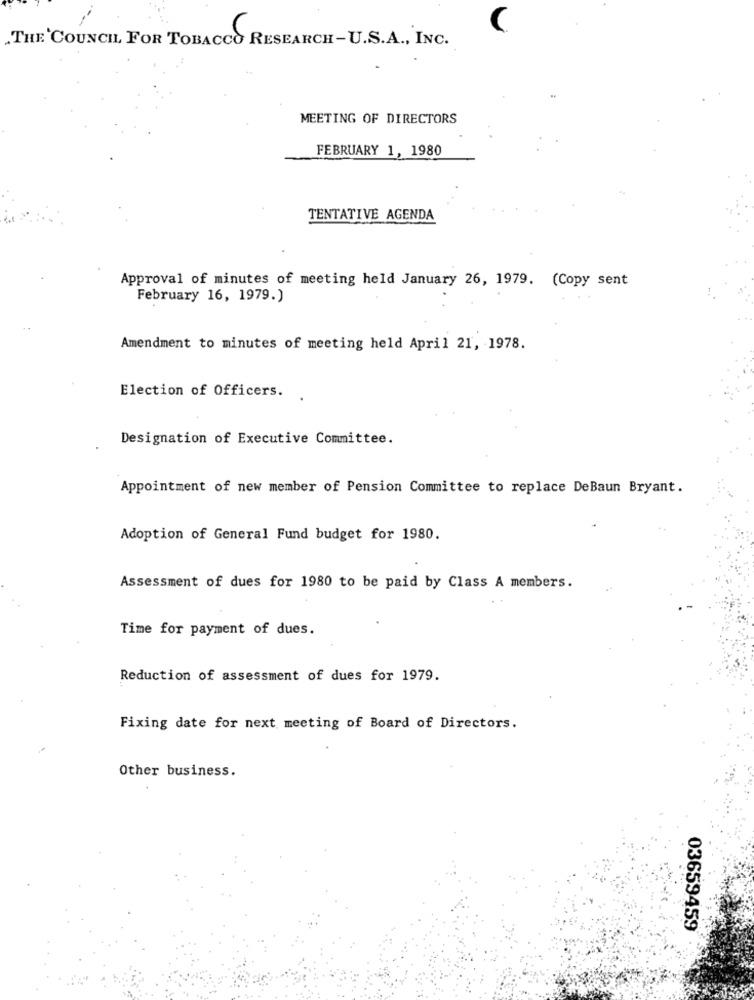
THE COUNCIL FOR TOBACCO RESEARCH-U.S.A ., INC.
MEETING OF DIRECTORS
FEBRUARY 1, 1980
TENTATIVE AGENDA
Approval of minutes of meeting held January 26, 1979. (Copy sent
February 16, 1979.)
Amendment to minutes of meeting held April 21, 1978.
Election of Officers.
Designation of Executive Committee.
Appointment of new member of Pension Committee to replace DeBaun Bryant.
Adoption of General Fund budget for 1980.
Assessment of dues for 1980 to be paid by Class A members.
Time for payment of dues.
Reduction of assessment of dues for 1979.
Fixing date for next meeting of Board of Directors.
Other business.
03659459